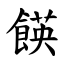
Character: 䭊